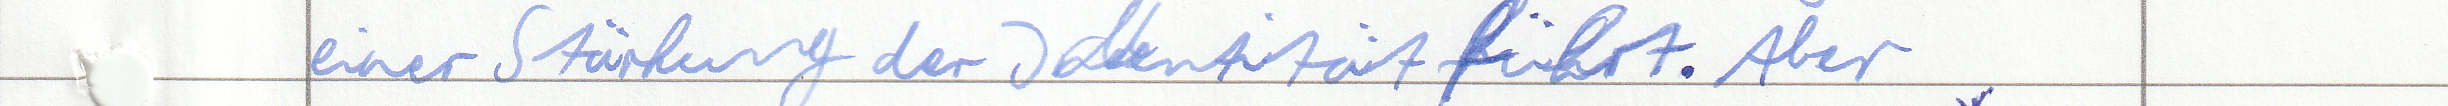
einer Stärkung der Indentität führt. Aber